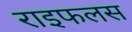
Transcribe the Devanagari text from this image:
राइफलस